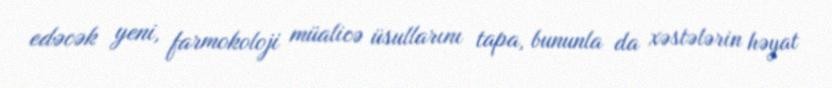
edəcək yeni, farmokoloji müalicə üsullarını tapa, bununla da xəstələrin həyat